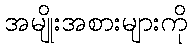
အမျိုးအစားများကို